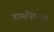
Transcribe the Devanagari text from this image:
टायपिंगच्या